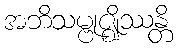
အဘိသမ္ဗုဇ္ဈိဿန္တိ